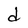
Character: d